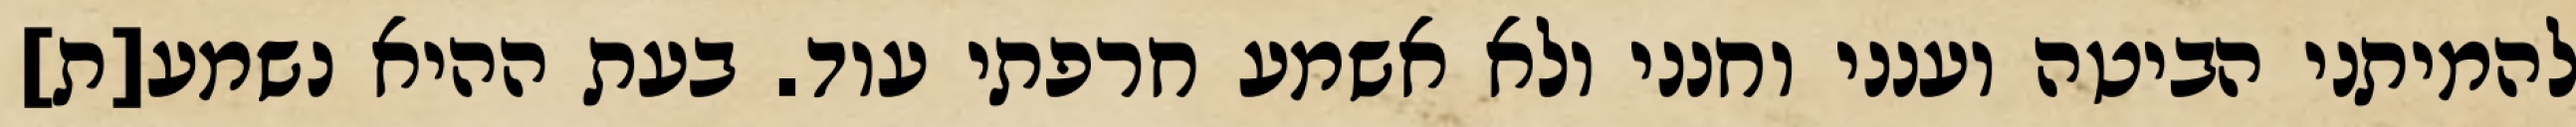
להמיתני הביטה וענני וחנני ולא אשמע חרפתי עוד. בעת ההיא נשמע[ת]